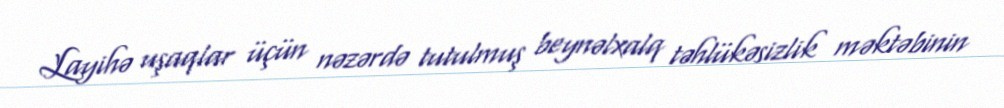
Layihə uşaqlar üçün nəzərdə tutulmuş beynəlxalq təhlükəsizlik məktəbinin